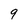
Character: 9